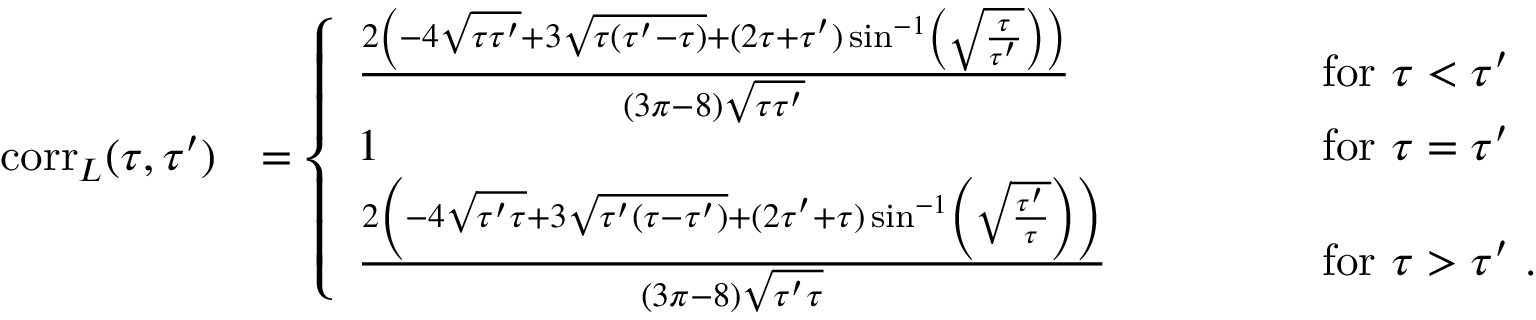
\begin{array} { r l } { \mathrm { c o r r } _ { L } ( \tau , \tau ^ { \prime } ) } & { = \left\{ \begin{array} { l l } { \frac { 2 \left( - 4 \sqrt { \tau \tau ^ { \prime } } + 3 \sqrt { \tau ( \tau ^ { \prime } - \tau ) } + ( 2 \tau + \tau ^ { \prime } ) \sin ^ { - 1 } \left( \sqrt { \frac { \tau } { \tau ^ { \prime } } } \right) \right) } { ( 3 \pi - 8 ) \sqrt { \tau \tau ^ { \prime } } } \qquad \quad \, } & { \mathrm { f o r } \ \tau < \tau ^ { \prime } } \\ { 1 \quad \ \ \qquad \qquad \qquad \qquad \qquad \qquad \qquad \qquad \qquad \, } & { \mathrm { f o r } \ \tau = \tau ^ { \prime } } \\ { \frac { 2 \left( - 4 \sqrt { \tau ^ { \prime } \tau } + 3 \sqrt { \tau ^ { \prime } ( \tau - \tau ^ { \prime } ) } + ( 2 \tau ^ { \prime } + \tau ) \sin ^ { - 1 } \left( \sqrt { \frac { \tau ^ { \prime } } { \tau } } \right) \right) } { ( 3 \pi - 8 ) \sqrt { \tau ^ { \prime } \tau } } \qquad } & { \mathrm { f o r } \ \tau > \tau ^ { \prime } \ . } \end{array} \right. } \end{array}